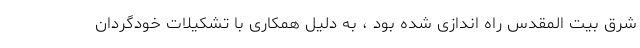
شرق بیت المقدس راه اندازی شده بود ، به دلیل همکاری با تشکیلات خودگردان